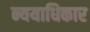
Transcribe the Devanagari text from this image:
न्ययाधिकार